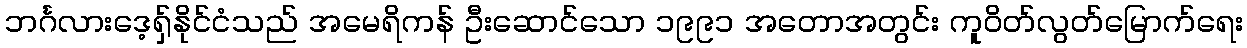
ဘင်္ဂလားဒေ့ရှ်နိုင်ငံသည် အမေရိကန် ဦးဆောင်သော ၁၉၉၁ အတောအတွင်း ကူဝိတ်လွတ်မြောက်ရေး